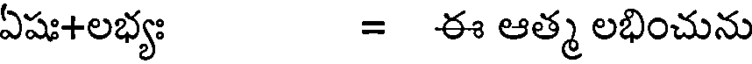
ఏషః+లభ్యః = ఈ ఆత్మ లభించును